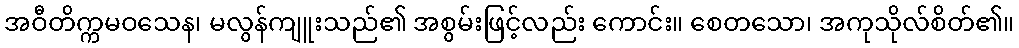
အဝီတိက္ကမဝသေန၊ မလွန်ကျူးသည်၏ အစွမ်းဖြင့်လည်း ကောင်း။ စေတသော၊ အကုသိုလ်စိတ်၏။